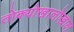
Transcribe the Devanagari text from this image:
तोक्योखालोखाल